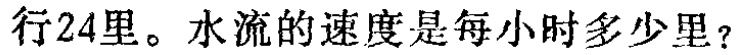
行24里。水流的速度是每小时多少里？